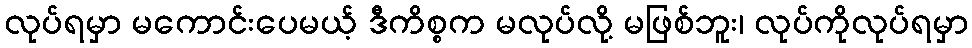
လုပ်ရမှာ မကောင်းပေမယ့် ဒီကိစ္စက မလုပ်လို့ မဖြစ်ဘူး၊ လုပ်ကိုလုပ်ရမှာ